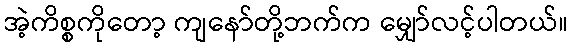
အဲ့ကိစ္စကိုတော့ ကျနော်တို့ဘက်က မျှော်လင့်ပါတယ်။